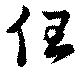
但